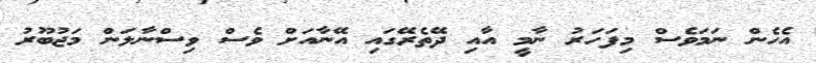
އެހެން ނަމަވެސް މިފަހަރު ނާމީ އާއި ދޭތެރޭގައި އޭނާއަށް ވެސް ވިސްނާލަން މަޖުބޫރު